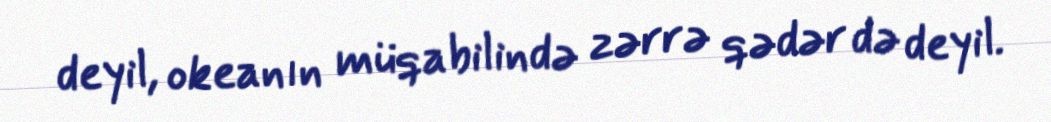
deyil, okeanın müqabilində zərrə qədər də deyil.